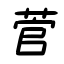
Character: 菅